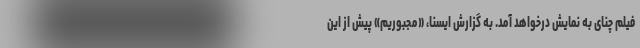
فیلم چنای به نمایش درخواهد آمد. به گزارش ایسنا، «مجبوریم» پیش از این